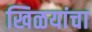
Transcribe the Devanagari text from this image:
खिळयांचा